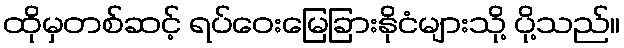
ထိုမှတစ်ဆင့် ရပ်ဝေးမြေခြားနိုငံများသို့ ပို့သည်။